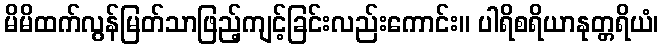
မိမိထက်လွန်မြတ်သာဖြည့်ကျင့်ခြင်းလည်းကောင်း။ ပါရိစရိယာနုတ္တရိယံ၊